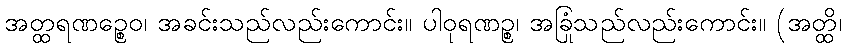
အတ္ထရဏဉ္စေဝ၊ အခင်းသည်လည်းကောင်း။ ပါဝုရဏဉ္စ၊ အခြုံသည်လည်းကောင်း။ (အတ္ထိ၊